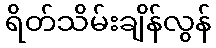
ရိတ်သိမ်းချိန်လွန်